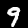
Digit: 9